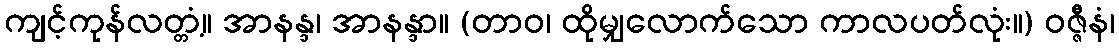
ကျင့်ကုန်လတ္တံ့။ အာနန္ဒ၊ အာနန္ဒာ။ (တာဝ၊ ထိုမျှလောက်သော ကာလပတ်လုံး။) ဝဇ္ဇီနံ၊